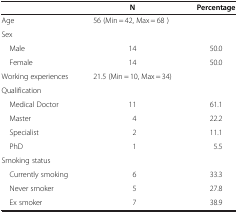
<table><thead><tr><td><b> </b></td><td><b>N</b></td><td><b>Percentage</b></td></tr></thead><tbody><tr><td>Age</td><td>56 (Min = 42, Max = 68 )</td><td> </td></tr><tr><td colspan="3">Sex</td></tr><tr><td> Male</td><td>14</td><td>50.0</td></tr><tr><td> Female</td><td>14</td><td>50.0</td></tr><tr><td>Working experiences</td><td>21.5 (Min = 10, Max = 34)</td><td> </td></tr><tr><td colspan="3">Qualification</td></tr><tr><td> Medical Doctor</td><td>11</td><td>61.1</td></tr><tr><td> Master</td><td>4</td><td>22.2</td></tr><tr><td> Specialist</td><td>2</td><td>11.1</td></tr><tr><td> PhD</td><td>1</td><td>5.5</td></tr><tr><td colspan="3">Smoking status</td></tr><tr><td> Currently smoking</td><td>6</td><td>33.3</td></tr><tr><td> Never smoker</td><td>5</td><td>27.8</td></tr><tr><td> Ex smoker</td><td>7</td><td>38.9</td></tr></tbody></table>